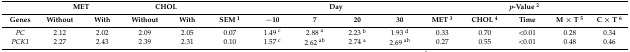
|  | <COLSPAN=2> MET | <COLSPAN=2> CHOL |  | <COLSPAN=4> Day | <COLSPAN=5> p-Value 2 |
 | Genes | Without | With | Without | With | SEM 1 | −10 | 7 | 20 | 30 | MET 3 | CHOL 4 | Time | M × T 5 | C × T 6 |
 | --- | --- | --- | --- | --- | --- | --- | --- | --- | --- | --- | --- | --- | --- | --- |
 | PC | 2.12 | 2.02 | 2.09 | 2.05 | 0.07 | 1.49 c | 2.88 a | 2.23 b | 1.93 d | 0.33 | 0.70 | <0.01 | 0.28 | 0.34 |
 | PCK1 | 2.27 | 2.43 | 2.39 | 2.31 | 0.10 | 1.57 c | 2.62 ab | 2.74 a | 2.69 ab | 0.27 | 0.55 | <0.01 | 0.48 | 0.46 |